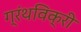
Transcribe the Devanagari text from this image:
ग्रंथविक्री